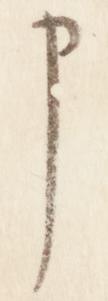
申